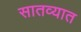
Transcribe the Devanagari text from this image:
सातव्यात